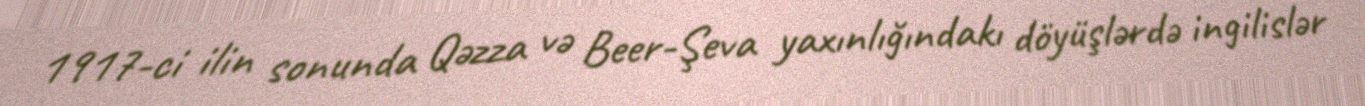
1917-ci ilin sonunda Qəzza və Beer-Şeva yaxınlığındakı döyüşlərdə ingilislər